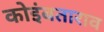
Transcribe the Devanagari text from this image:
कोइंबताराव